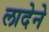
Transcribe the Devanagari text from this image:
लादेने